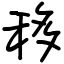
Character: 移